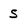
Character: S